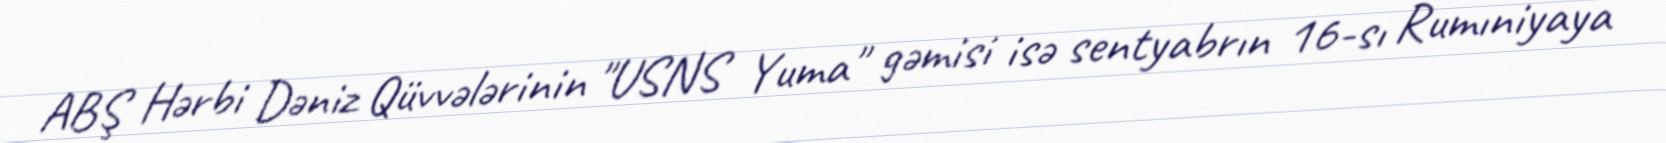
ABŞ Hərbi Dəniz Qüvvələrinin "USNS Yuma" gəmisi isə sentyabrın 16-sı Rumıniyaya